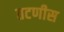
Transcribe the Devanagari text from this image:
तटणीस